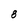
Character: 8